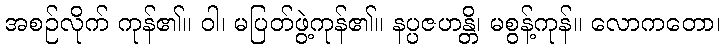
အစဉ်လိုက် ကုန်၏။ ဝါ၊ မပြတ်ဖွဲ့ကုန်၏။ နပ္ပဇဟန္တိ၊ မစွန့်ကုန်။ လောကတော၊